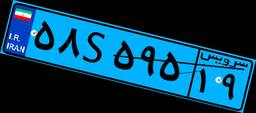
۵۸S۵۹۵۱۹